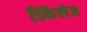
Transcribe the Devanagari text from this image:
डिकैलेज